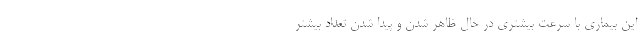
این بیماری با سرعت بیشتری در حال ظاهر شدن و پیدا شدن تعداد بیشتر